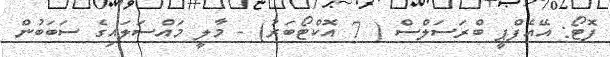
ފޮޓޯ: އޭއެފްޕީ ބްރަސަލްސް ( 7 އޮކްޓޯބަރު) - މާލީ މައްސަލައިގެ ސަބަބުން